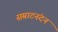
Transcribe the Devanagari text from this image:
सम्राटनंदन